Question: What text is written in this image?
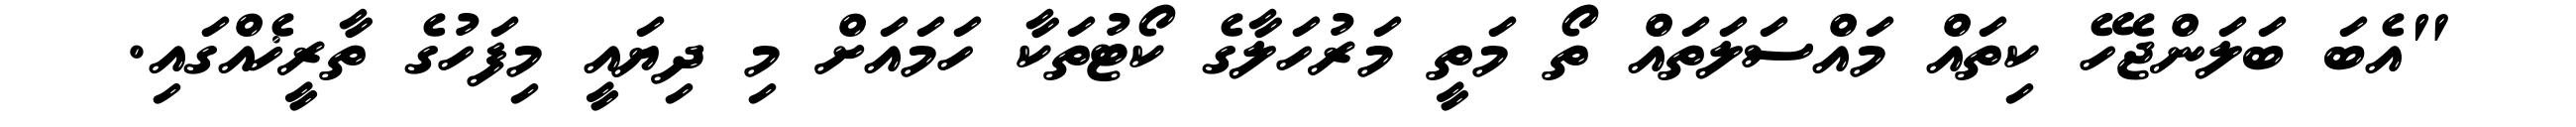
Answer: "އެބަ ބަލަންޖެހޭ ކިތައް މައްސަލަތައް ތޯ މަތީ މަރުހަލާގެ ކޯޓުތަކާ ހަމައަށް މި ދިޔައީ މިފަހުގެ ތާރީޚެއްގައި.